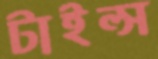
টাইল্স